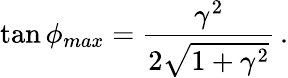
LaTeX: \tan\phi_{max}=\frac{\gamma^{2}}{2\sqrt{1+\gamma^{2}}}\, .